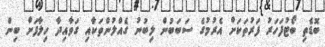
ބޮޑެތި ބޯޓުފަހަރު ފަރުތަކަށް އެރުމުގެ ސަބަބުން ލިބުނު ގެއްލުންތަކާއި ގަވާއިދާ ހިލާފަށް ބިން